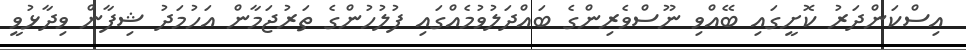
އިސްކަންދަރު ކޮށީގައި ބޭއްވި ނޫސްވެރިންގެ ބައްދަލުވުމެއްގައި ފުލުހުންގެ ތަރުޖަމާން އަހުމަދު ޝިފާން ވިދާޅުވީ